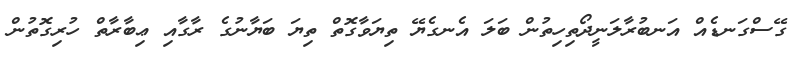
ގޭސްގަނޑެއް އަނބުރާލަނީދޯތިހިތުން ބަލަ އެނގެޔޭ ތިޔަވާގޮތް ތިޔަ ބަޔާނުގެ ރާގާއި ޢިބާރާތް ހުރިގޮތުން